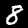
Label: 8